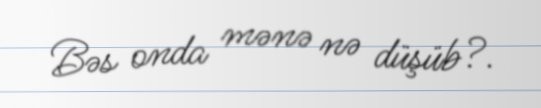
Bəs onda mənə nə düşüb?.